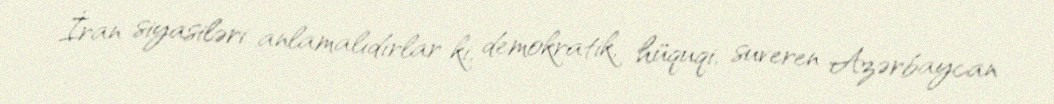
İran siyasiləri anlamalıdırlar ki, demokratik, hüquqi, suveren Azərbaycan